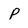
Character: p